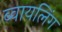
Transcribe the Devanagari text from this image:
ब्वायलिंग